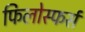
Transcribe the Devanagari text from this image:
फिलोस्फर्स